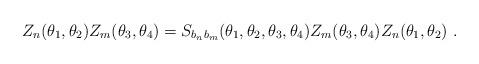
LaTeX: \begin{align*}Z_{n}(\theta _{1},\theta _{2})Z_{m}(\theta _{3},\theta_{4})=S_{b_{n}b_{m}}(\theta _{1},\theta _{2},\theta _{3},\theta_{4})Z_{m}(\theta _{3},\theta _{4})Z_{n}(\theta _{1},\theta _{2})~.\end{align*}